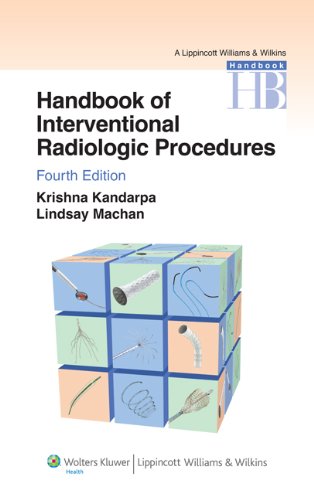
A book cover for Handbook of Interventional Radiologic Procedures (Lippincott Williams & Wilkins Handbook Series); Krishna Kandarpa MD  PhD; Medical Books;